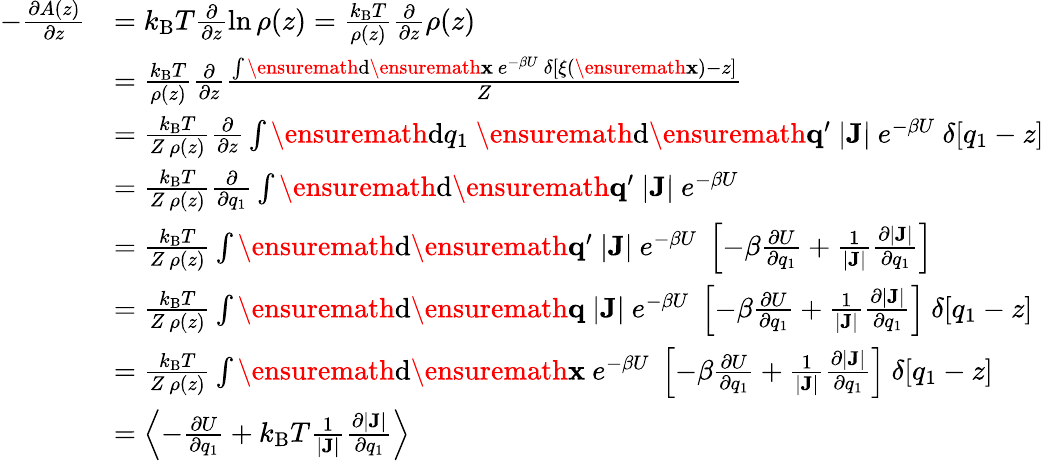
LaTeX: \begin{array}{rl}{-\frac{\partial A(z)}{\partial z}}&{=k_{\mathrm{B}}T\frac{\partial}{\partial z}\ln\rho(z)=\frac{k_{\mathrm{B}}T}{\rho(z)}\frac{\partial}{\partial z}\rho(z)}\\ &{=\frac{k_{\mathrm{B}}T}{\rho(z)}\frac{\partial}{\partial z}\frac{\int\ensuremath{\mathrm{d}}\ensuremath{\mathbf{x}}\ e^{-\beta U}\ \delta[\xi(\ensuremath{\mathbf{x}})-z]}{Z}}\\ &{=\frac{k_{\mathrm{B}}T}{Z\ \rho(z)}\frac{\partial}{\partial z}\int\ensuremath{\mathrm{d}}q_{1}\ \ensuremath{\mathrm{d}}\ensuremath{\mathbf{q}}^{\prime}\ |\mathbf{J}|\ e^{-\beta U}\ \delta[q_{1}-z]}\\ &{=\frac{k_{\mathrm{B}}T}{Z\ \rho(z)}\frac{\partial}{\partial q_{1}}\int\ensuremath{\mathrm{d}}\ensuremath{\mathbf{q}}^{\prime}\ |\mathbf{J}|\ e^{-\beta U}\ }\\ &{=\frac{k_{\mathrm{B}}T}{Z\ \rho(z)}\int\ensuremath{\mathrm{d}}\ensuremath{\mathbf{q}}^{\prime}\ |\mathbf{J}|\ e^{-\beta U}\ \left[-\beta\frac{\partial U}{\partial q_{1}}+\frac{1}{|\mathbf{J}|}\frac{\partial|\mathbf{J}|}{\partial q_{1}}\right]}\\ &{=\frac{k_{\mathrm{B}}T}{Z\ \rho(z)}\int\ensuremath{\mathrm{d}}\ensuremath{\mathbf{q}}\ |\mathbf{J}|\ e^{-\beta U}\ \left[-\beta\frac{\partial U}{\partial q_{1}}+\frac{1}{|\mathbf{J}|}\frac{\partial|\mathbf{J}|}{\partial q_{1}}\right]\ \delta[q_{1}-z]}\\ &{=\frac{k_{\mathrm{B}}T}{Z\ \rho(z)}\int\ensuremath{\mathrm{d}}\ensuremath{\mathbf{x}}\ e^{-\beta U}\ \left[-\beta\frac{\partial U}{\partial q_{1}}+\frac{1}{|\mathbf{J}|}\frac{\partial|\mathbf{J}|}{\partial q_{1}}\right]\ \delta[q_{1}-z]}\\ &{=\left<-\frac{\partial U}{\partial q_{1}}+k_{\mathrm{B}}T\frac{1}{|\mathbf{J}|}\frac{\partial|\mathbf{J}|}{\partial q_{1}}\right>}\end{array}